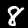
Digit: 8